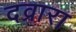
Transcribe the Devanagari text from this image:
दव्रारा